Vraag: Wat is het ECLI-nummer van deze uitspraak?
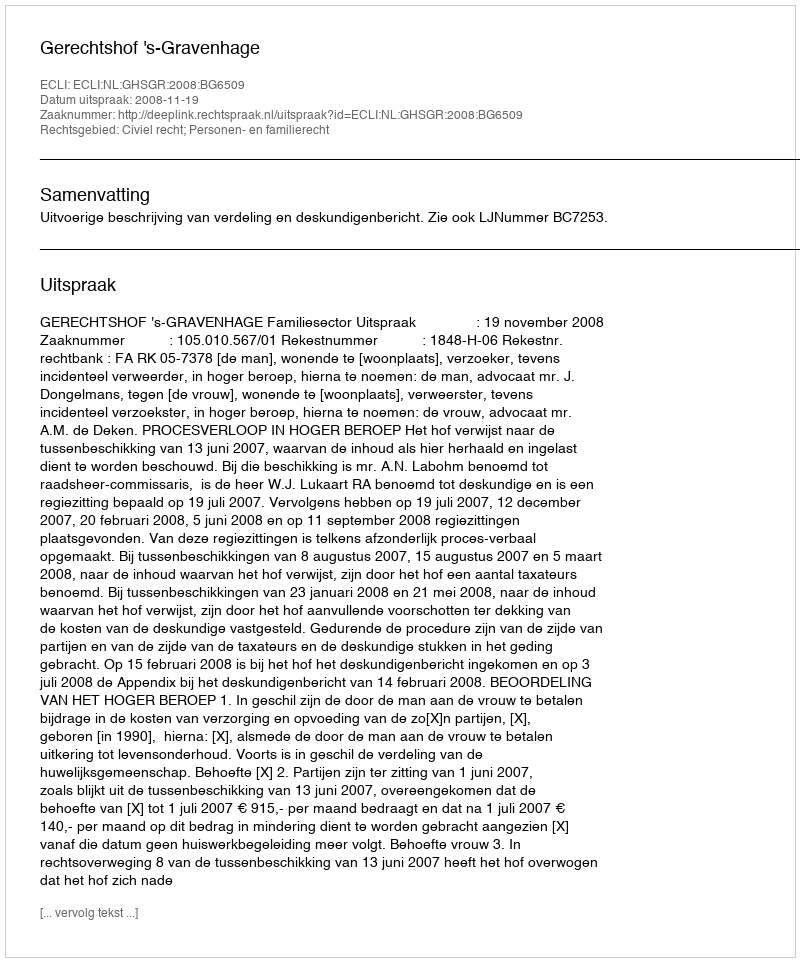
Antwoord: ECLI:NL:GHSGR:2008:BG6509